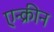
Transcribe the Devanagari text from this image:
एन्क्रीन